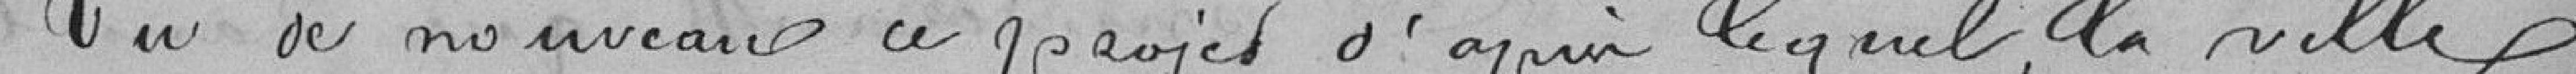
Vu de nouveau ce projet d'après lequel la ville